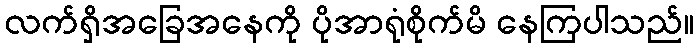
လက်ရှိအခြေအနေကို ပိုအာရုံစိုက်မိ နေကြပါသည်။